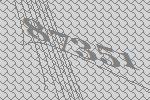
87351